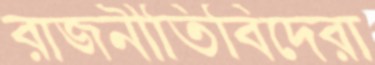
রাজনীতিবিদেরা